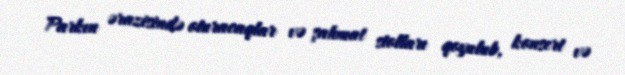
Parkın ərazisində oturacaqlar və şahmat stolları qoyulub, konsert və